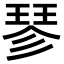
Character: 𪻴